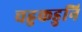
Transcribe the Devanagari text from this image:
चहुकडुनि